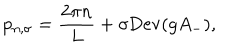
p _ { n , \sigma } = \frac { 2 \pi n } { L } + \sigma \mathrm { D e v } ( g A _ { - } ) ,